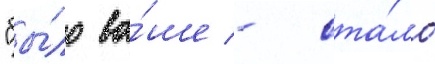
"бы́ло ва́ше - ста́ло